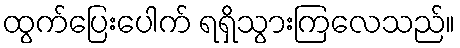
ထွက်ပြေးပေါက် ရရှိသွားကြလေသည်။